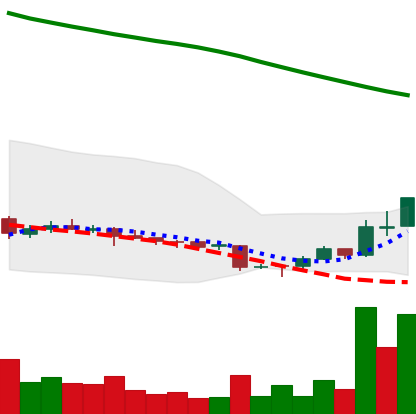
Ticker: ADA-USD
Chart end date: 2018-11-06
Forward return: -5.523%
Label: down_5_7